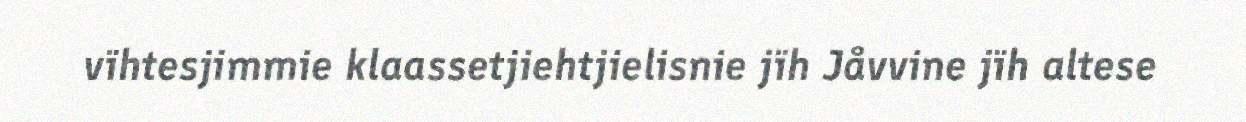
vïhtesjimmie klaassetjiehtjielisnie jïh Jåvvine jïh altese